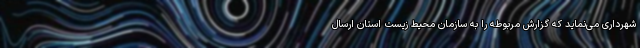
شهرداری می‌نماید که گزارش مربوطه را به سازمان محیط زیست استان ارسال